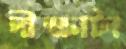
দীক্ষাটা